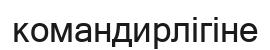
командирлігіне